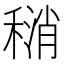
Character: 𫁄